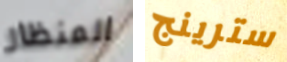
المنظار سترينج